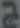
ح